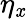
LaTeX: \eta_{\mathit{x}}